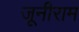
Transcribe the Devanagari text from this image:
जूनीराम